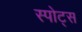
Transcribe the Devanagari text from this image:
स्‍पोट्स